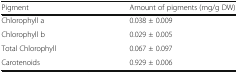
<table><thead><tr><td><b>Pigment</b></td><td><b>Amount of pigments (mg/g DW)</b></td></tr></thead><tbody><tr><td>Chlorophyll a</td><td>0.038 ± 0.009</td></tr><tr><td>Chlorophyll b</td><td>0.029 ± 0.005</td></tr><tr><td>Total Chlorophyll</td><td>0.067 ± 0.097</td></tr><tr><td>Carotenoids</td><td>0.929 ± 0.006</td></tr></tbody></table>